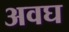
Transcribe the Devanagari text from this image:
अवघ